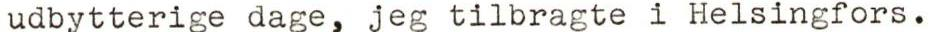
udbytterige dage, jeg tilbragte i Helsingfors.